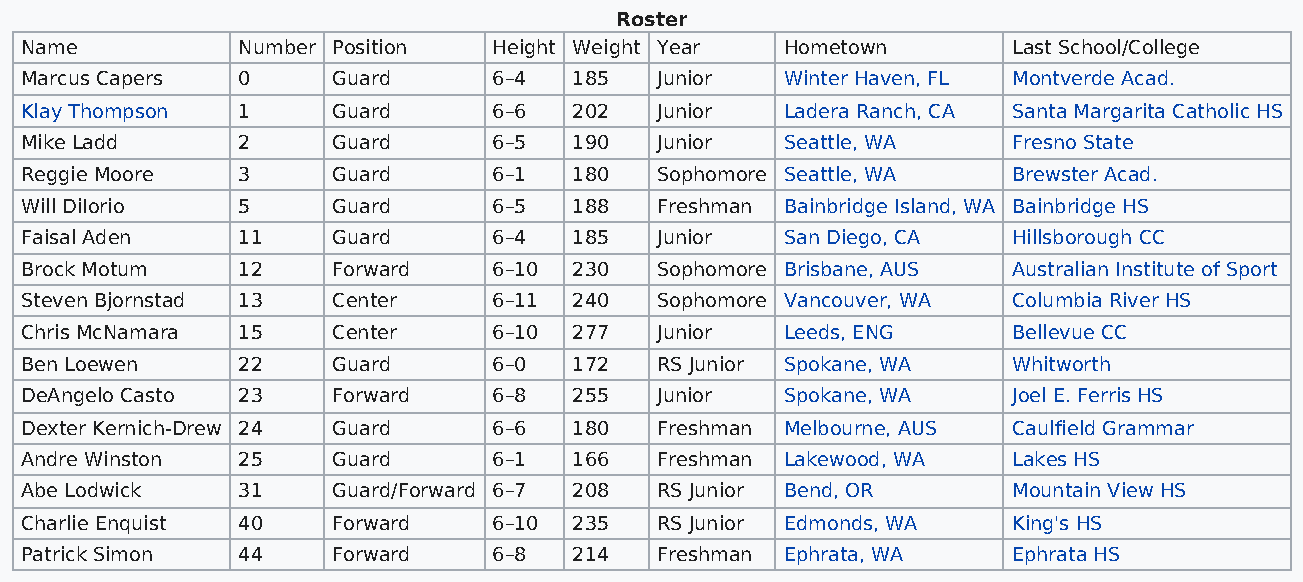
Roster
 Name           Number Position  Height Weight Year Hometown       Last School/College
 Marcus Capers  0     Guard      6–4  185  Junior   Winter Haven, FL Montverde Acad.
 Klay Thompson  1     Guard      6–6  202  Junior   Ladera Ranch, CA Santa Margarita Catholic HS
 Mike Ladd      2     Guard      6–5  190  Junior   Seattle, WA    Fresno State
 Reggie Moore   3     Guard      6–1  180  Sophomore Seattle, WA   Brewster Acad.
 Will DiIorio   5     Guard      6–5  188  Freshman Bainbridge Island, WA Bainbridge HS
 Faisal Aden    11    Guard      6–4  185  Junior   San Diego, CA  Hillsborough CC
 Brock Motum    12    Forward    6–10 230  Sophomore Brisbane, AUS Australian Institute of Sport
 Steven Bjornstad 13  Center     6–11 240  Sophomore Vancouver, WA Columbia River HS
 Chris McNamara 15    Center     6–10 277  Junior   Leeds, ENG     Bellevue CC
 Ben Loewen     22    Guard      6–0  172  RS Junior Spokane, WA   Whitworth
 DeAngelo Casto 23    Forward    6–8  255  Junior   Spokane, WA    Joel E. Ferris HS
 Dexter Kernich-Drew 24 Guard    6–6  180  Freshman Melbourne, AUS Caulfield Grammar
 Andre Winston  25    Guard      6–1  166  Freshman Lakewood, WA   Lakes HS
 Abe Lodwick    31    Guard/Forward 6–7 208 RS Junior Bend, OR     Mountain View HS
 Charlie Enquist 40   Forward    6–10 235  RS Junior Edmonds, WA   King's HS
 Patrick Simon  44    Forward    6–8  214  Freshman Ephrata, WA    Ephrata HS